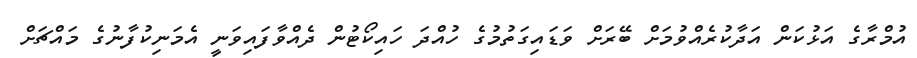
އުމްރާގެ އަޅުކަން އަދާކުރެއްވުމަށް ބޭރަށް ވަޑައިގަތުމުގެ ހުއްދަ ހައިކޯޓުން ދެއްވާފައިވަނީ އެމަނިކުފާނުގެ މައްޗަށް